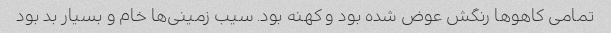
تمامی کاهوها رنگش عوض شده بود و کهنه بود. سیب زمینی‌ها خام و بسیار بد بود